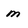
Character: m